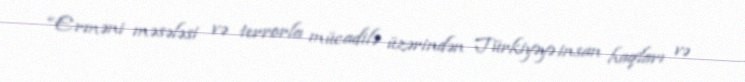
“Erməni məsələsi və terrorla mücadilə üzərindən Türkiyəyə insan haqları və